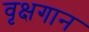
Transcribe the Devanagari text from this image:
वृक्षगान